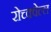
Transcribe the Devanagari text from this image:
रोच्क्वेल्ल